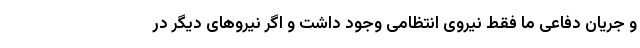
و جریان دفاعی ما فقط نیروی انتظامی وجود داشت و اگر نیروهای دیگر در